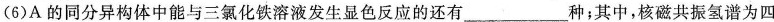
(6)A的同分异构体中能与三氯化铁溶液发生显色反应的还有___种；其中，核磁共振氢谱为四